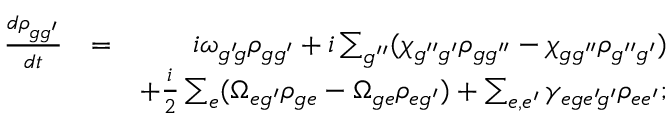
\begin{array} { r l r } { \frac { d \rho _ { g g ^ { \prime } } } { d t } } & { = } & { i \omega _ { g ^ { \prime } \! g } \rho _ { g g ^ { \prime } } + i \sum _ { g ^ { \prime \prime } } ( \chi _ { g ^ { \prime \prime } g ^ { \prime } } \rho _ { g g ^ { \prime \prime } } - \chi _ { g g ^ { \prime \prime } } \rho _ { g ^ { \prime \prime } g ^ { \prime } } ) } \\ & { } & { + \frac { i } { 2 } \sum _ { e } ( \Omega _ { e g ^ { \prime } } \rho _ { g e } - \Omega _ { g e } \rho _ { e g ^ { \prime } } ) + \sum _ { e , e ^ { \prime } } \gamma _ { e g e ^ { \prime } \! g ^ { \prime } } \rho _ { e e ^ { \prime } } ; } \end{array}